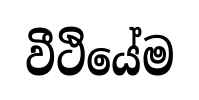
වීථියේම